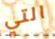
التي